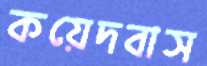
কয়েদবাস